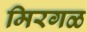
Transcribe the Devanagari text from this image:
मिरगळ